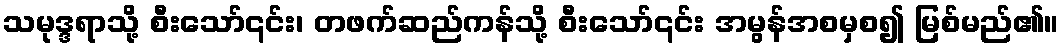
သမုဒ္ဒရာသို့ စီးသော်၎င်း၊ တဖက်ဆည်ကန်သို့ စီးသော်၎င်း အမွန်အစမှစ၍ မြစ်မည်၏။